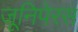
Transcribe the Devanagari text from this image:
जूनिपेरस